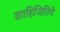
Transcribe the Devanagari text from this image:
शाहिजितिये